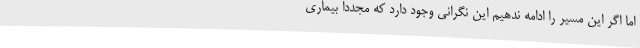
اما اگر این مسیر را ادامه ندهیم این نگرانی وجود دارد که مجددا بیماری